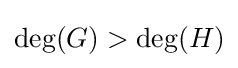
\deg(G)>\deg(H)